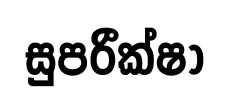
සුපරීක්ෂා